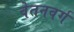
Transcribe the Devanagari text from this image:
वेतनवर्ग